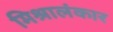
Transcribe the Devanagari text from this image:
मिश्रालंकार